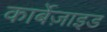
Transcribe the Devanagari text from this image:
कार्बेज़ाइड